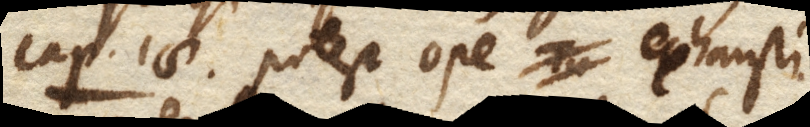
Cap. 18. Potest ope exhausti